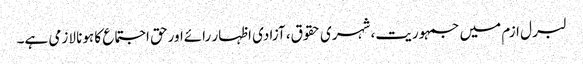
لبرل ازم میں جمہوریت، شہری حقوق، آزادی اظہار رائےاورحق اجتماع کا ہونا لازمی ہے۔